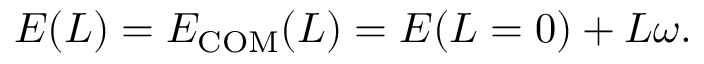
\begin{array} { r } { E ( L ) = E _ { \mathrm { C O M } } ( L ) = E ( L = 0 ) + L \omega . } \end{array}